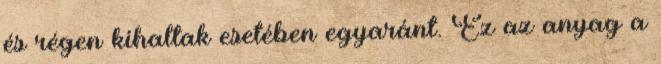
és régen kihaltak esetében egyaránt. Ez az anyag a